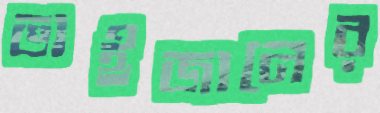
ভাইজানের